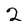
Character: 2